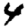
Digit: 4